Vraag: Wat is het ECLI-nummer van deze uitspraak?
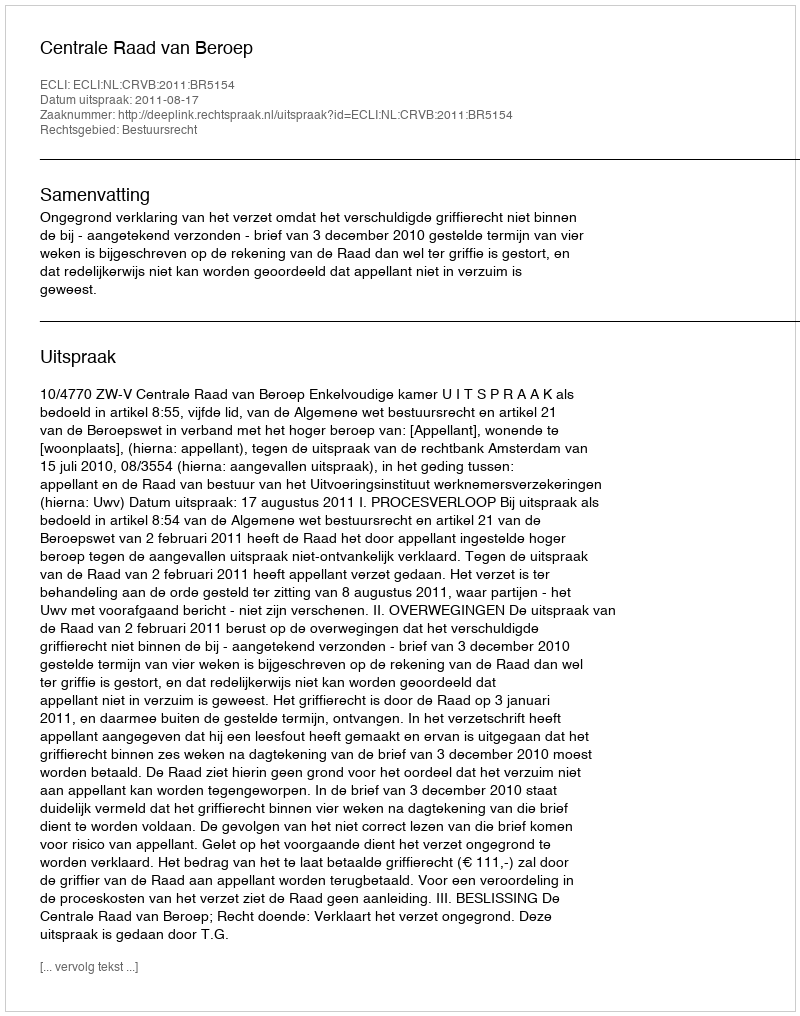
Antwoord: ECLI:NL:CRVB:2011:BR5154